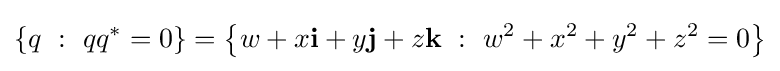
\{q\ :\ qq^{*}=0\}=\left\{w+x\mathbf {i} +y\mathbf {j} +z\mathbf {k} \ :\ w^{2}+x^{2}+y^{2}+z^{2}=0\right\}